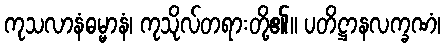
ကုသလာနံဓမ္မာနံ၊ ကုသိုလ်တရားတို့၏။ ပတိဋ္ဌာနလက္ခဏံ၊